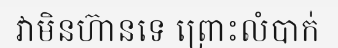
វាមិនហ៊ានទេ ព្រោះលំបាក់